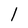
Character: l